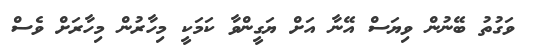
ވަގުތު ބޭނުން ވިޔަސް އޭނާ އަށް ޔަގީންވާ ކަމަކީ މިހާރުން މިހާރަށް ވެސް